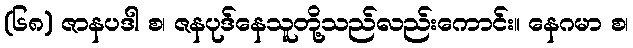
(၆၈) ဇာနပဒါ စ၊ ဇနပုဒ်နေသူတို့သည်လည်းကောင်း။ နေဂမာ စ၊